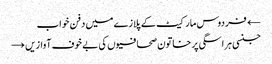
← فردوس مارکیٹ کے پلازے میں دفن خواب
جنسی ہراسگی پر خاتون صحافیوں کی بے خوف آوازیں →